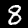
Label: 8